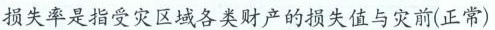
损失率是指受灾区域各类财产的损失值与灾前(正常)